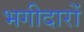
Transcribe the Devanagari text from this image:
भगीदारों